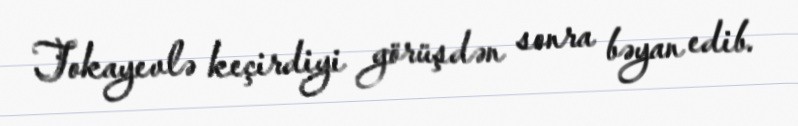
Tokayevlə keçirdiyi görüşdən sonra bəyan edib.